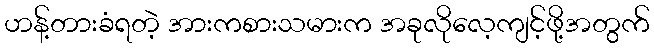
ဟန့်တားခံရတဲ့ အားကစားသမားက အခုလိုလေ့ကျင့်ဖို့အတွက်